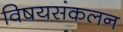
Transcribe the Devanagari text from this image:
विषयसंकलन